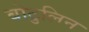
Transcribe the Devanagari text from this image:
बोटुलिन